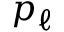
p _ { \ell }